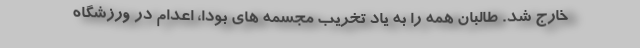
خارج شد. طالبان همه را به یاد تخریب مجسمه های بودا، اعدام در ورزشگاه